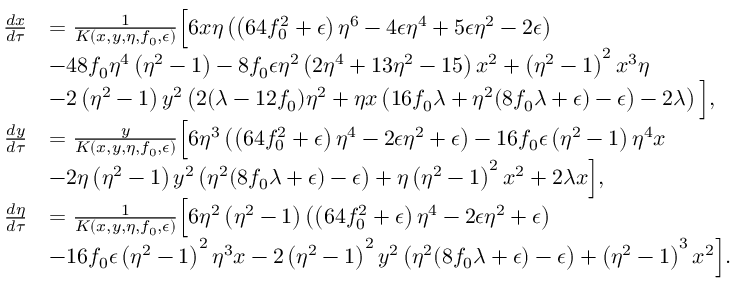
\begin{array} { r l } { \frac { d x } { d \tau } } & { = \frac { 1 } { K ( x , y , \eta , f _ { 0 } , \epsilon ) } \Big [ 6 x \eta \left( \left( 6 4 f _ { 0 } ^ { 2 } + \epsilon \right) \eta ^ { 6 } - 4 \epsilon \eta ^ { 4 } + 5 \epsilon \eta ^ { 2 } - 2 \epsilon \right) } \\ & { - 4 8 f _ { 0 } \eta ^ { 4 } \left( \eta ^ { 2 } - 1 \right) - 8 f _ { 0 } \epsilon \eta ^ { 2 } \left( 2 \eta ^ { 4 } + 1 3 \eta ^ { 2 } - 1 5 \right) x ^ { 2 } + \left( \eta ^ { 2 } - 1 \right) ^ { 2 } x ^ { 3 } \eta } \\ & { - 2 \left( \eta ^ { 2 } - 1 \right) y ^ { 2 } \left( 2 ( \lambda - 1 2 f _ { 0 } ) \eta ^ { 2 } + \eta x \left( 1 6 f _ { 0 } \lambda + \eta ^ { 2 } ( 8 f _ { 0 } \lambda + \epsilon ) - \epsilon \right) - 2 \lambda \right) \Big ] , } \\ { \frac { d y } { d \tau } } & { = \frac { y } { K ( x , y , \eta , f _ { 0 } , \epsilon ) } \Big [ 6 \eta ^ { 3 } \left( \left( 6 4 f _ { 0 } ^ { 2 } + \epsilon \right) \eta ^ { 4 } - 2 \epsilon \eta ^ { 2 } + \epsilon \right) - 1 6 f _ { 0 } \epsilon \left( \eta ^ { 2 } - 1 \right) \eta ^ { 4 } x } \\ & { - 2 \eta \left( \eta ^ { 2 } - 1 \right) y ^ { 2 } \left( \eta ^ { 2 } ( 8 f _ { 0 } \lambda + \epsilon ) - \epsilon \right) + \eta \left( \eta ^ { 2 } - 1 \right) ^ { 2 } x ^ { 2 } + 2 \lambda x \Big ] , } \\ { \frac { d \eta } { d \tau } } & { = \frac { 1 } { K ( x , y , \eta , f _ { 0 } , \epsilon ) } \Big [ 6 \eta ^ { 2 } \left( \eta ^ { 2 } - 1 \right) \left( \left( 6 4 f _ { 0 } ^ { 2 } + \epsilon \right) \eta ^ { 4 } - 2 \epsilon \eta ^ { 2 } + \epsilon \right) } \\ & { - 1 6 f _ { 0 } \epsilon \left( \eta ^ { 2 } - 1 \right) ^ { 2 } \eta ^ { 3 } x - 2 \left( \eta ^ { 2 } - 1 \right) ^ { 2 } y ^ { 2 } \left( \eta ^ { 2 } ( 8 f _ { 0 } \lambda + \epsilon ) - \epsilon \right) + \left( \eta ^ { 2 } - 1 \right) ^ { 3 } x ^ { 2 } \Big ] . } \end{array}